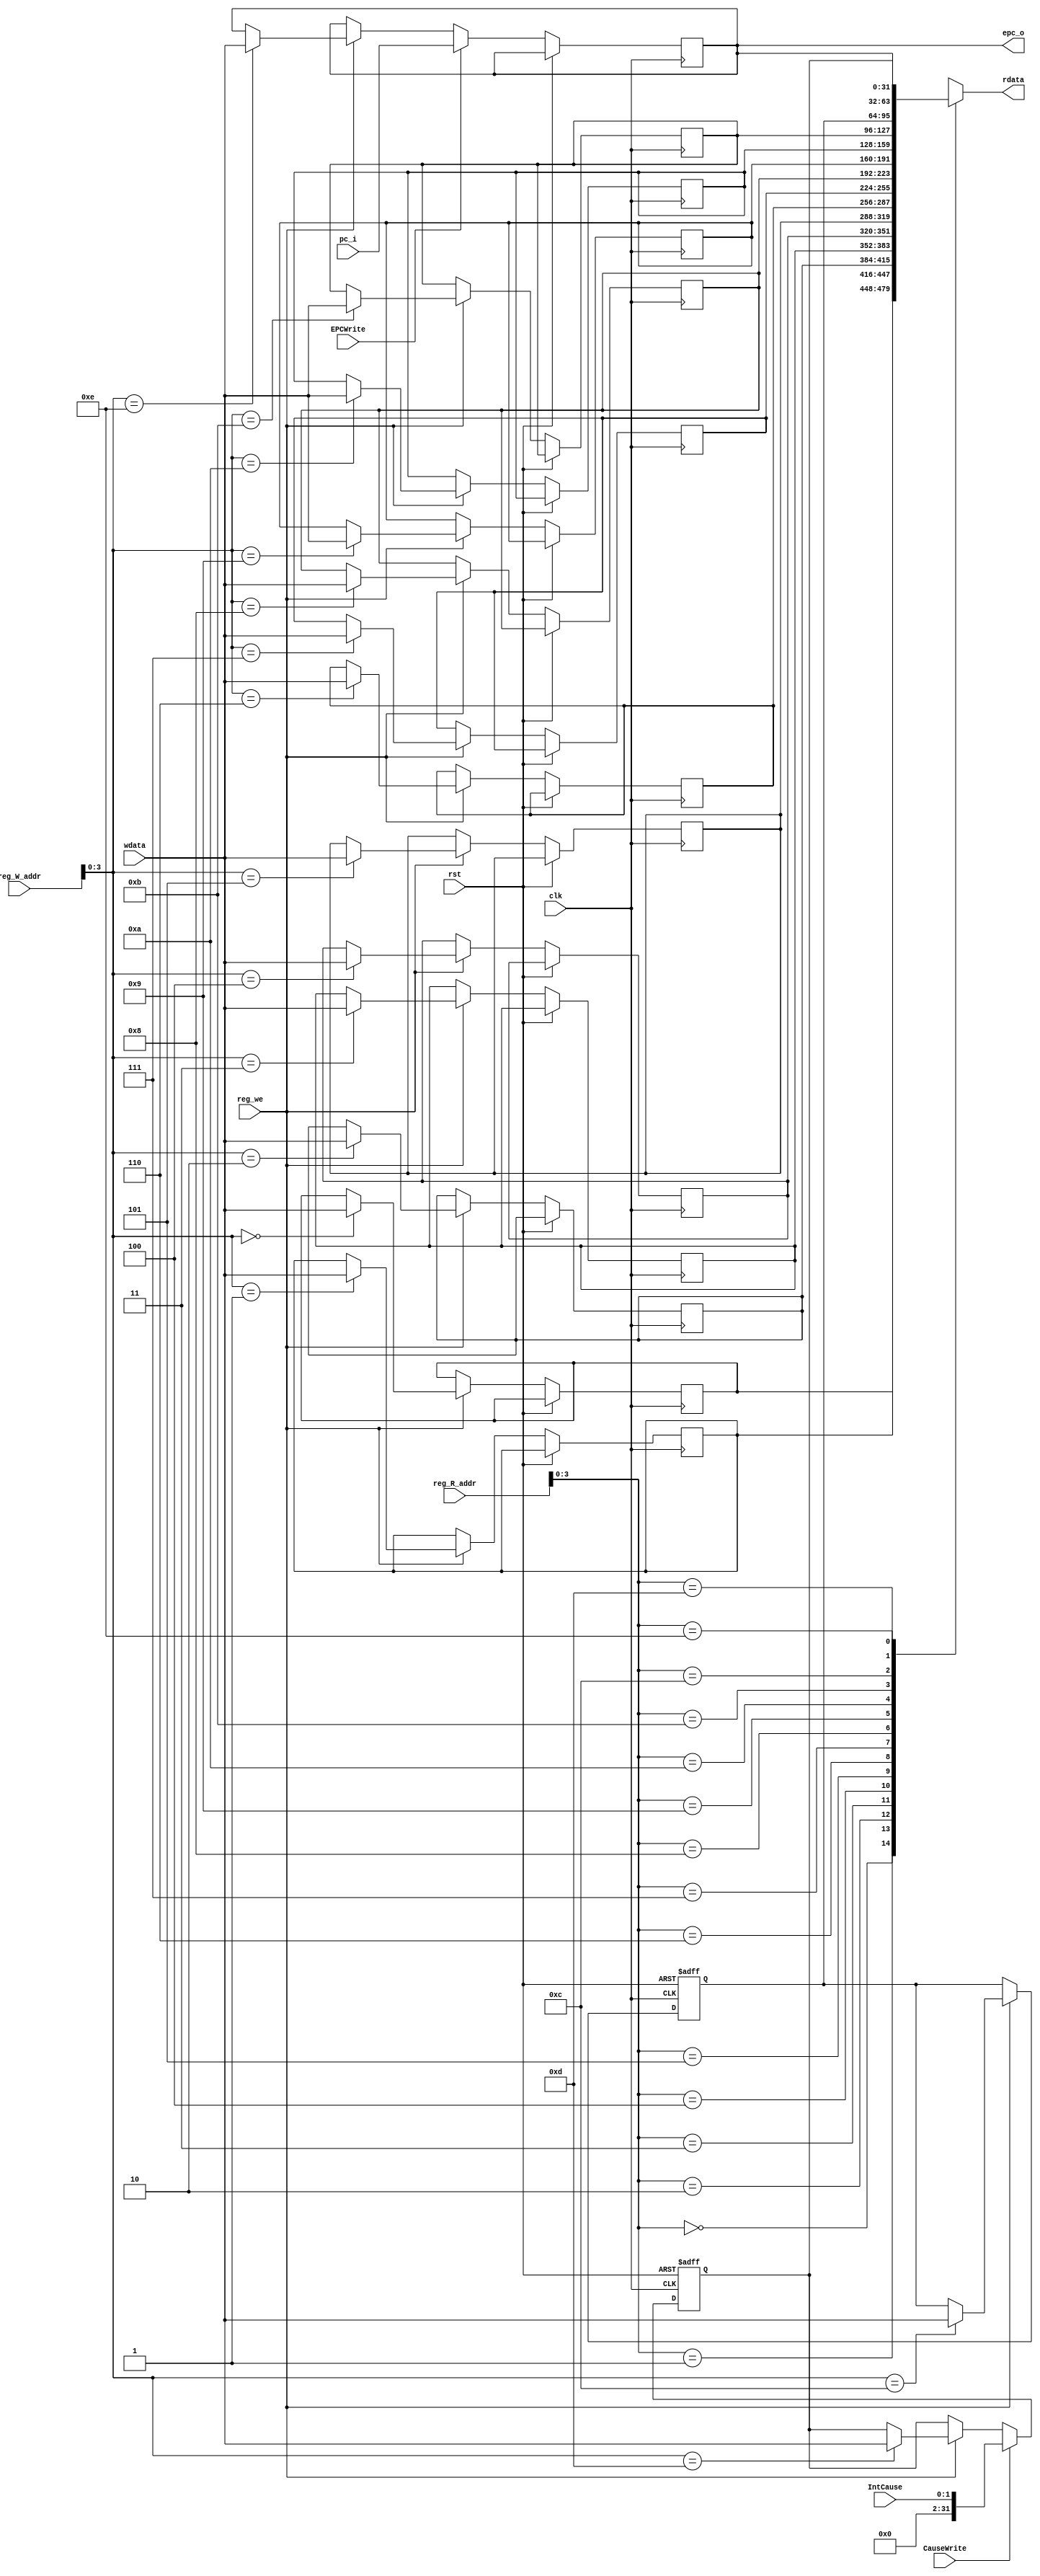
`timescale 1ns / 1ps

// nexys3MIPSSoC is a MIPS implementation originated from COAD projects
// Copyright (C) 2014  @Wenri, @dtopn, @Speed
//
// This program is free software: you can redistribute it and/or modify
// it under the terms of the GNU General Public License as published by
// the Free Software Foundation, either version 3 of the License, or
// (at your option) any later version.
//
// This program is distributed in the hope that it will be useful,
// but WITHOUT ANY WARRANTY; without even the implied warranty of
// MERCHANTABILITY or FITNESS FOR A PARTICULAR PURPOSE.  See the
// GNU General Public License for more details.
//
// You should have received a copy of the GNU General Public License
// along with this program.  If not, see <http://www.gnu.org/licenses/>.

module Coprocessor(
    input clk,
    input rst,
    input [4:0] reg_R_addr,
    input [4:0] reg_W_addr,
    input [31:0] wdata,
    input [31:0] pc_i,
    input reg_we,
    input EPCWrite,
    input CauseWrite,
    input [1:0] IntCause,
    output [31:0] rdata,
    output [31:0] epc_o
    );

reg [31:0] register[12:14];
integer i;

assign rdata = register[reg_R_addr];
assign epc_o = register[14];

always @(posedge clk or posedge rst)
    if (rst == 1)begin
        for (i=12;i<14;i=i+1)
            register[i] <= 0;
    end else begin
        if (reg_we)
            register[reg_W_addr] <= wdata;
        if (EPCWrite == 1)
            register[14] <= pc_i;
        if (CauseWrite == 1)
            register[13] <= IntCause;
    end

endmodule